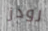
رودز